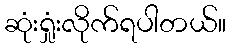
ဆုံးရှုံးလိုက်ရပါတယ်။